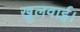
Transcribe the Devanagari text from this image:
खुलवाई।